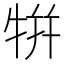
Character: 𤙾